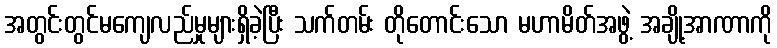
အတွင်းတွင်မကျေလည်မှုများရှိခဲ့ပြီး သက်တမ်း တိုတောင်းသော မဟာမိတ်အဖွဲ့ အချို့အာဏာကို